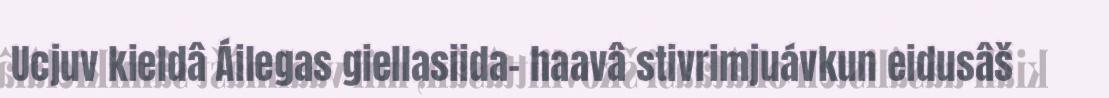
Ucjuv kieldâ Áilegas giellasiida- haavâ stivrimjuávkun eidusâš